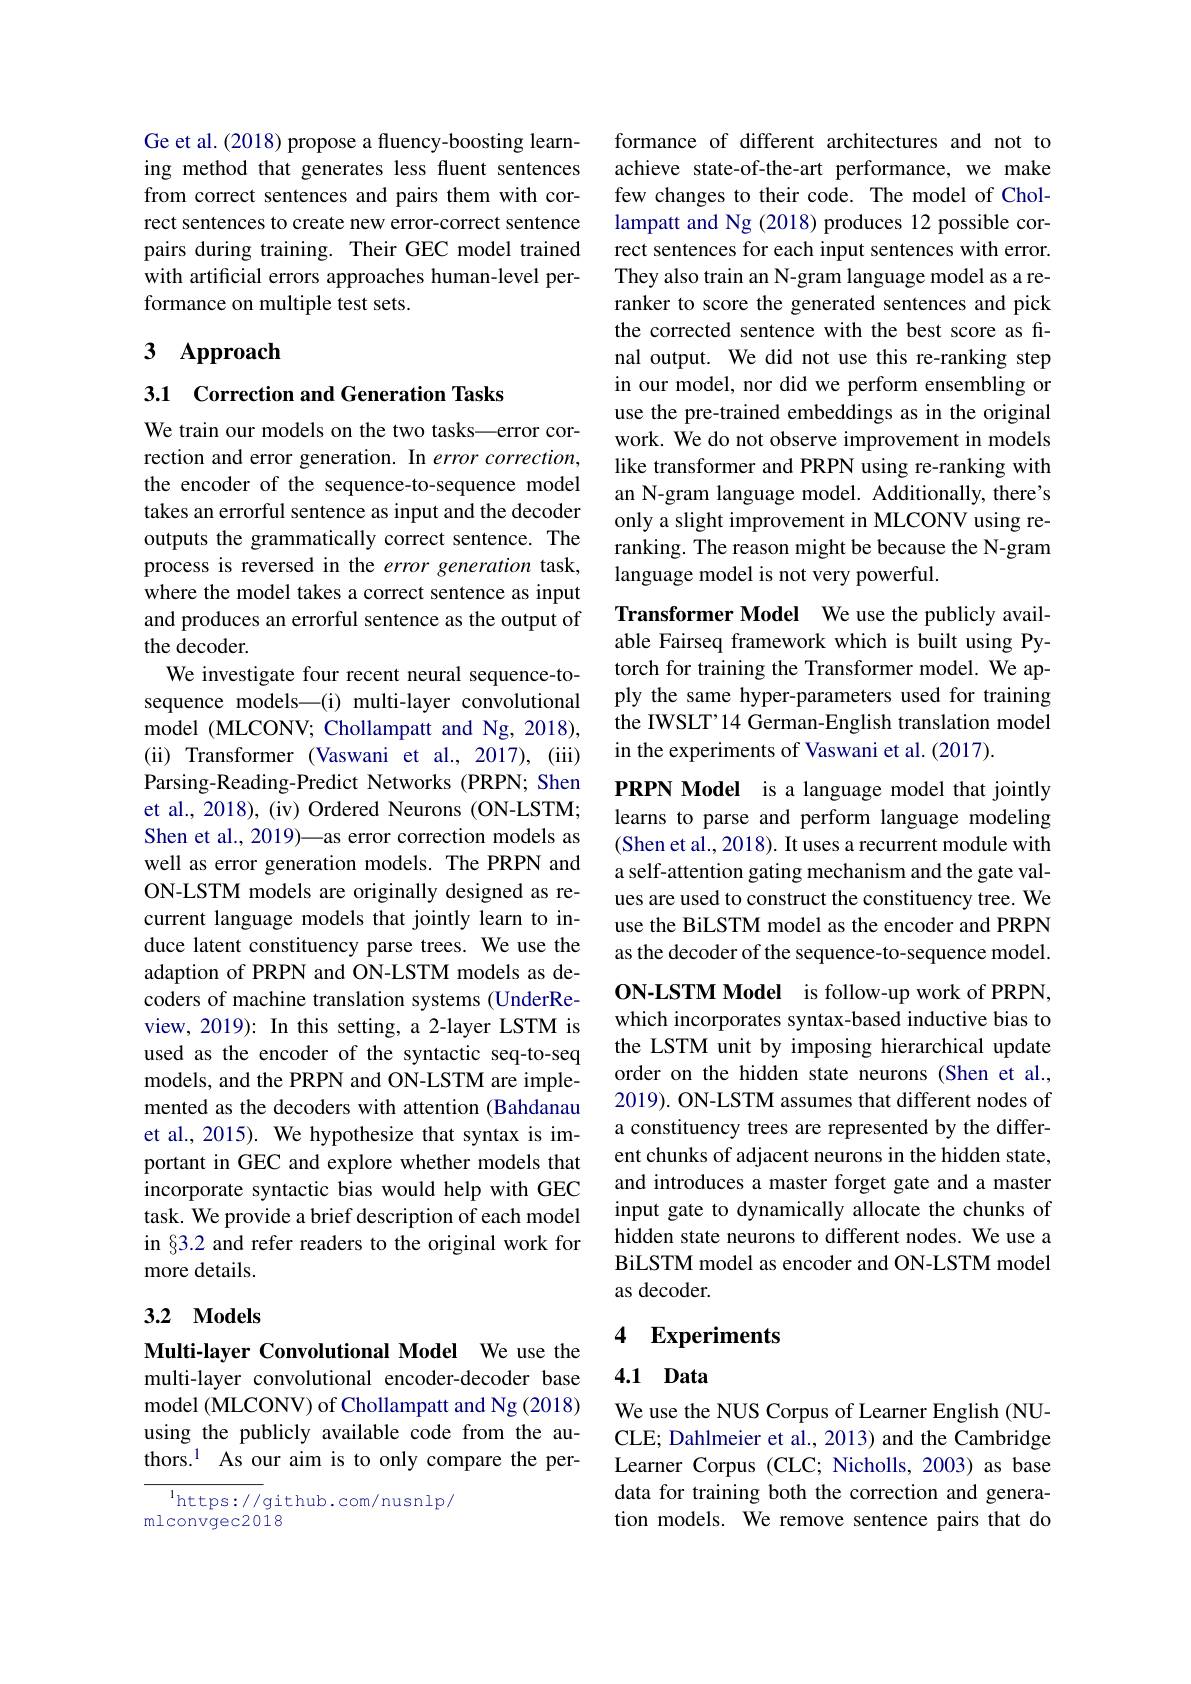
Ge et al. (2018) propose a fluency-boosting learning method that generates less fluent sentences from correct sentences and pairs them with correct sentences to create new error-correct sentence pairs during training. Their GEC model trained with artificial errors approaches human-level performance on multiple test sets.

# 3 Approach

3.1 Correction and Generation Tasks

We train our models on the two tasks—error correction and error generation. In error correction, the encoder of the sequence-to-sequence model takes an errorful sentence as input and the decoder outputs the grammatically correct sentence. The process is reversed in the error generation task, where the model takes a correct sentence as input and produces an errorful sentence as the output of the decoder.
We investigate four recent neural sequence-tosequence models—(i) multi-layer convolutional model (MLCONV; Chollampatt and Ng, 2018), (ii) Transformer (Vaswani et al., 2017), (iii) Parsing-Reading-Predict Networks (PRPN; Shen et al., 2018), (iv) Ordered Neurons (ON-LSTM; Shen et al., 2019)—as error correction models as well as error generation models. The PRPN and ON-LSTM models are originally designed as recurrent language models that jointly learn to induce latent constituency parse trees. We use the adaption of PRPN and ON-LSTM models as decoders of machine translation systems (UnderReview, 2019): In this setting, a 2-layer LSTM is used as the encoder of the syntactic seq-to-seq models, and the PRPN and ON-LSTM are implemented as the decoders with attention (Bahdanau et al., 2015). We hypothesize that syntax is important in GEC and explore whether models that incorporate syntactic bias would help with GEC task. We provide a brief description of each model in §3.2 and refer readers to the original work for more details. 3.2 Models

Multi-layer Convolutional Model We use the multi-layer convolutional encoder-decoder base model (MLCONV) of Chollampatt and Ng (2018) using the publicly available code from the authors.$^{1}$ As our aim is to only compare the per-

$^{1}$https://github.com/nusnlp/
mlconvgec2018

formance of different architectures and not to achieve state-of-the-art performance, we make few changes to their code. The model of Chollampatt and Ng (2018) produces 12 possible correct sentences for each input sentences with error. They also train an N-gram language model as a reranker to score the generated sentences and pick the corrected sentence with the best score as final output. We did not use this re-ranking step in our model, nor did we perform ensembling or use the pre-trained embeddings as in the original work. We do not observe improvement in models like transformer and PRPN using re-ranking with an N-gram language model. Additionally, there's only a slight improvement in MLCONV using reranking. The reason might be because the N-gram language model is not very powerful.

Transformer Model We use the publicly available Fairseq framework which is built using Pytorch for training the Transformer model. We apply the same hyper-parameters used for training the IWSLT'14 German-English translation model in the experiments of Vaswani et al. (2017).

PRPN Model is a language model that jointly learns to parse and perform language modeling (Shen et al., 2018). It uses a recurrent module with a self-attention gating mechanism and the gate values are used to construct the constituency tree. We use the BiLSTM model as the encoder and PRPN as the decoder of the sequence-to-sequence model.

ON-LSTM Model is follow-up work of PRPN, which incorporates syntax-based inductive bias to the LSTM unit by imposing hierarchical update order on the hidden state neurons (Shen et al., 2019). ON-LSTM assumes that different nodes of a constituency trees are represented by the different chunks of adjacent neurons in the hidden state, and introduces a master forget gate and a master input gate to dynamically allocate the chunks of hidden state neurons to different nodes. We use a BiLSTM model as encoder and ON-LSTM model as decoder.

# 4 Experiments

## 4.1 Data

We use the NUS Corpus of Learner English (NUCLE; Dahlmeier et al., 2013) and the Cambridge Learner Corpus (CLC; Nicholls, 2003) as base data for training both the correction and generation models. We remove sentence pairs that do